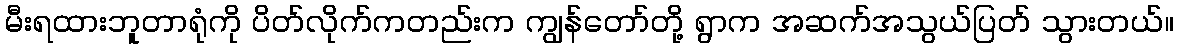
မီးရထားဘူတာရုံကို ပိတ်လိုက်ကတည်းက ကျွန်တော်တို့ ရွာက အဆက်အသွယ်ပြတ် သွားတယ်။